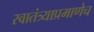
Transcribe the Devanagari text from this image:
स्वातंत्र्याप्रमाणेच